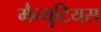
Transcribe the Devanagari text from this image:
मैन्युटियस